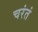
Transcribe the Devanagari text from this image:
चरंतं